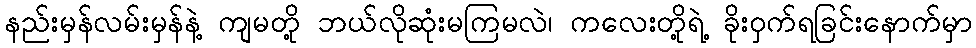
နည်းမှန်လမ်းမှန်နဲ့ ကျမတို့ ဘယ်လိုဆုံးမကြမလဲ၊ ကလေးတို့ရဲ့ ခိုးဝှက်ရခြင်းနောက်မှာ